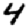
Digit: 4